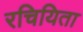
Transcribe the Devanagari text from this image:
रचियिता